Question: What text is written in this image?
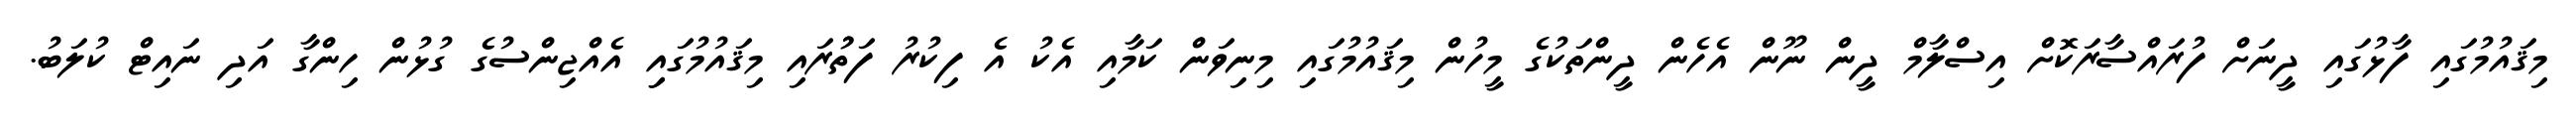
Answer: މިޤައުމުގައި ފާޅުގައި ދީނަށް ފުރައްސާރަކޮށް އިސްލާމް ދީން ނޫން އެހެން ދީންތަކުގެ މީހުން މިޤައުމުގައި މިނިވަން ކަމާއި އެކު އެ ފިކުރު ފަތުުރައި މިޤައުމުގައިި އެއްޖިންސުގެ ގުޅުން ހިންގާ އަދި ނައިޓް ކުލަބު.